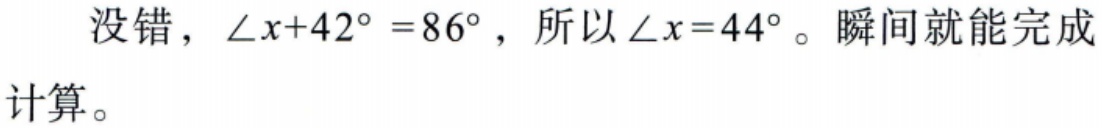
没错，\(\angle x + 42^{\circ} = 86^{\circ}\)，所以\(\angle x = 44^{\circ}\)。瞬间就能完成计算。